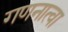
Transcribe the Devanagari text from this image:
गणनात्वा